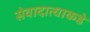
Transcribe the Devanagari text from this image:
सेवादात्याकडे